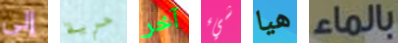
إلى حرية آخر شيء هيا بالماء